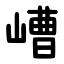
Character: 嶆